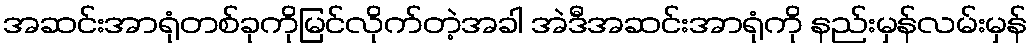
အဆင်းအာရုံတစ်ခုကိုမြင်လိုက်တဲ့အခါ အဲဒီအဆင်းအာရုံကို နည်းမှန်လမ်းမှန်